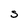
Character: S